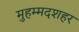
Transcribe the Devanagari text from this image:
मुहम्मदशहर